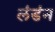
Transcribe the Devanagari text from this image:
लंडंन